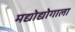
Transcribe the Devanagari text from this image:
मद्योद्योगाला